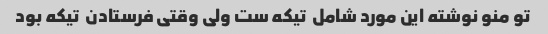
تو منو نوشته این مورد شامل  تیکه ست ولی وقتی فرستادن  تیکه بود